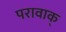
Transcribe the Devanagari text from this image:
परावाक्